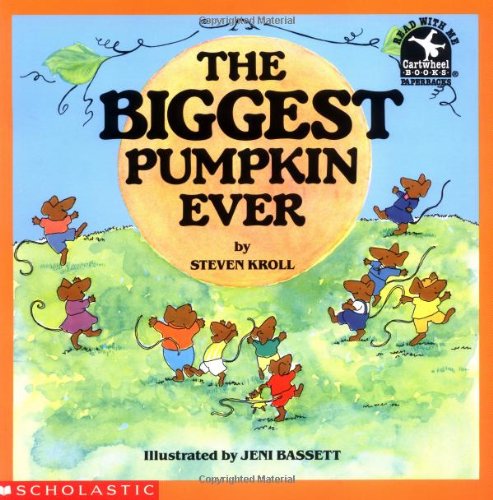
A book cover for The Biggest Pumpkin Ever; Steven Kroll; Children's Books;